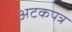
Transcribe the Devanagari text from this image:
अटकपत्र